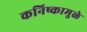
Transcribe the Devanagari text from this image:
कनिष्कामुळे